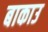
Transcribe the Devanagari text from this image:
बाकाउ